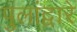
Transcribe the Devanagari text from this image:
पुलांद्वारे